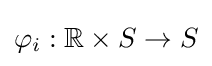
\varphi _{i}:\mathbb {R} \times S\to S